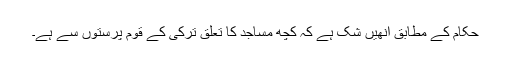
حکام کے مطابق انھیں شک ہے کہ کچھ مساجد کا تعلق ترکی کے قوم پرستوں سے ہے۔